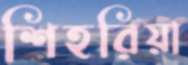
শিহরিয়া